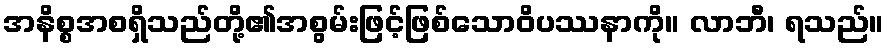
အနိစ္စအစရှိသည်တို့၏အစွမ်းဖြင့်ဖြစ်သောဝိပဿနာကို။ လာဘီ၊ ရသည်။